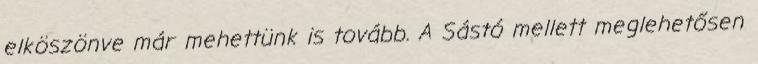
elköszönve már mehettünk is tovább. A Sástó mellett meglehetősen